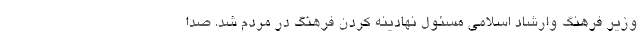
وزیر فرهنگ وارشاد اسلامی مسئول نهادینه کردن فرهنگ در مردم شد. صدا